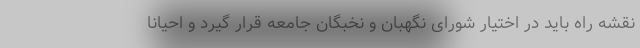
نقشه راه باید در اختیار شورای نگهبان و نخبگان جامعه قرار گیرد و احیانا